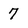
Character: 7